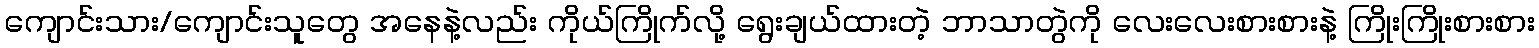
ကျောင်းသား/ကျောင်းသူတွေ အနေနဲ့လည်း ကိုယ်ကြိုက်လို့ ရွေးချယ်ထားတဲ့ ဘာသာတွဲကို လေးလေးစားစားနဲ့ ကြိုးကြိုးစားစား